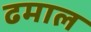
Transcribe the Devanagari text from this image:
ढमाल